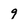
Character: 9